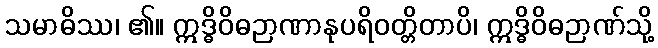
သမာဓိဿ၊ ၏။ ဣဒ္ဓိဝိဓဉာဏာနုပရိဝတ္တိတာပိ၊ ဣဒ္ဓိဝိဓဉာဏ်သို့